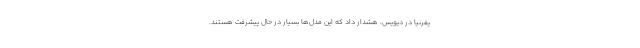
یفرنیا در دیویس، هشدار داد که این مدل‌ها بسیار در حال پیشرفت هستند.